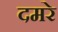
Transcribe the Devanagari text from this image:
दमरे